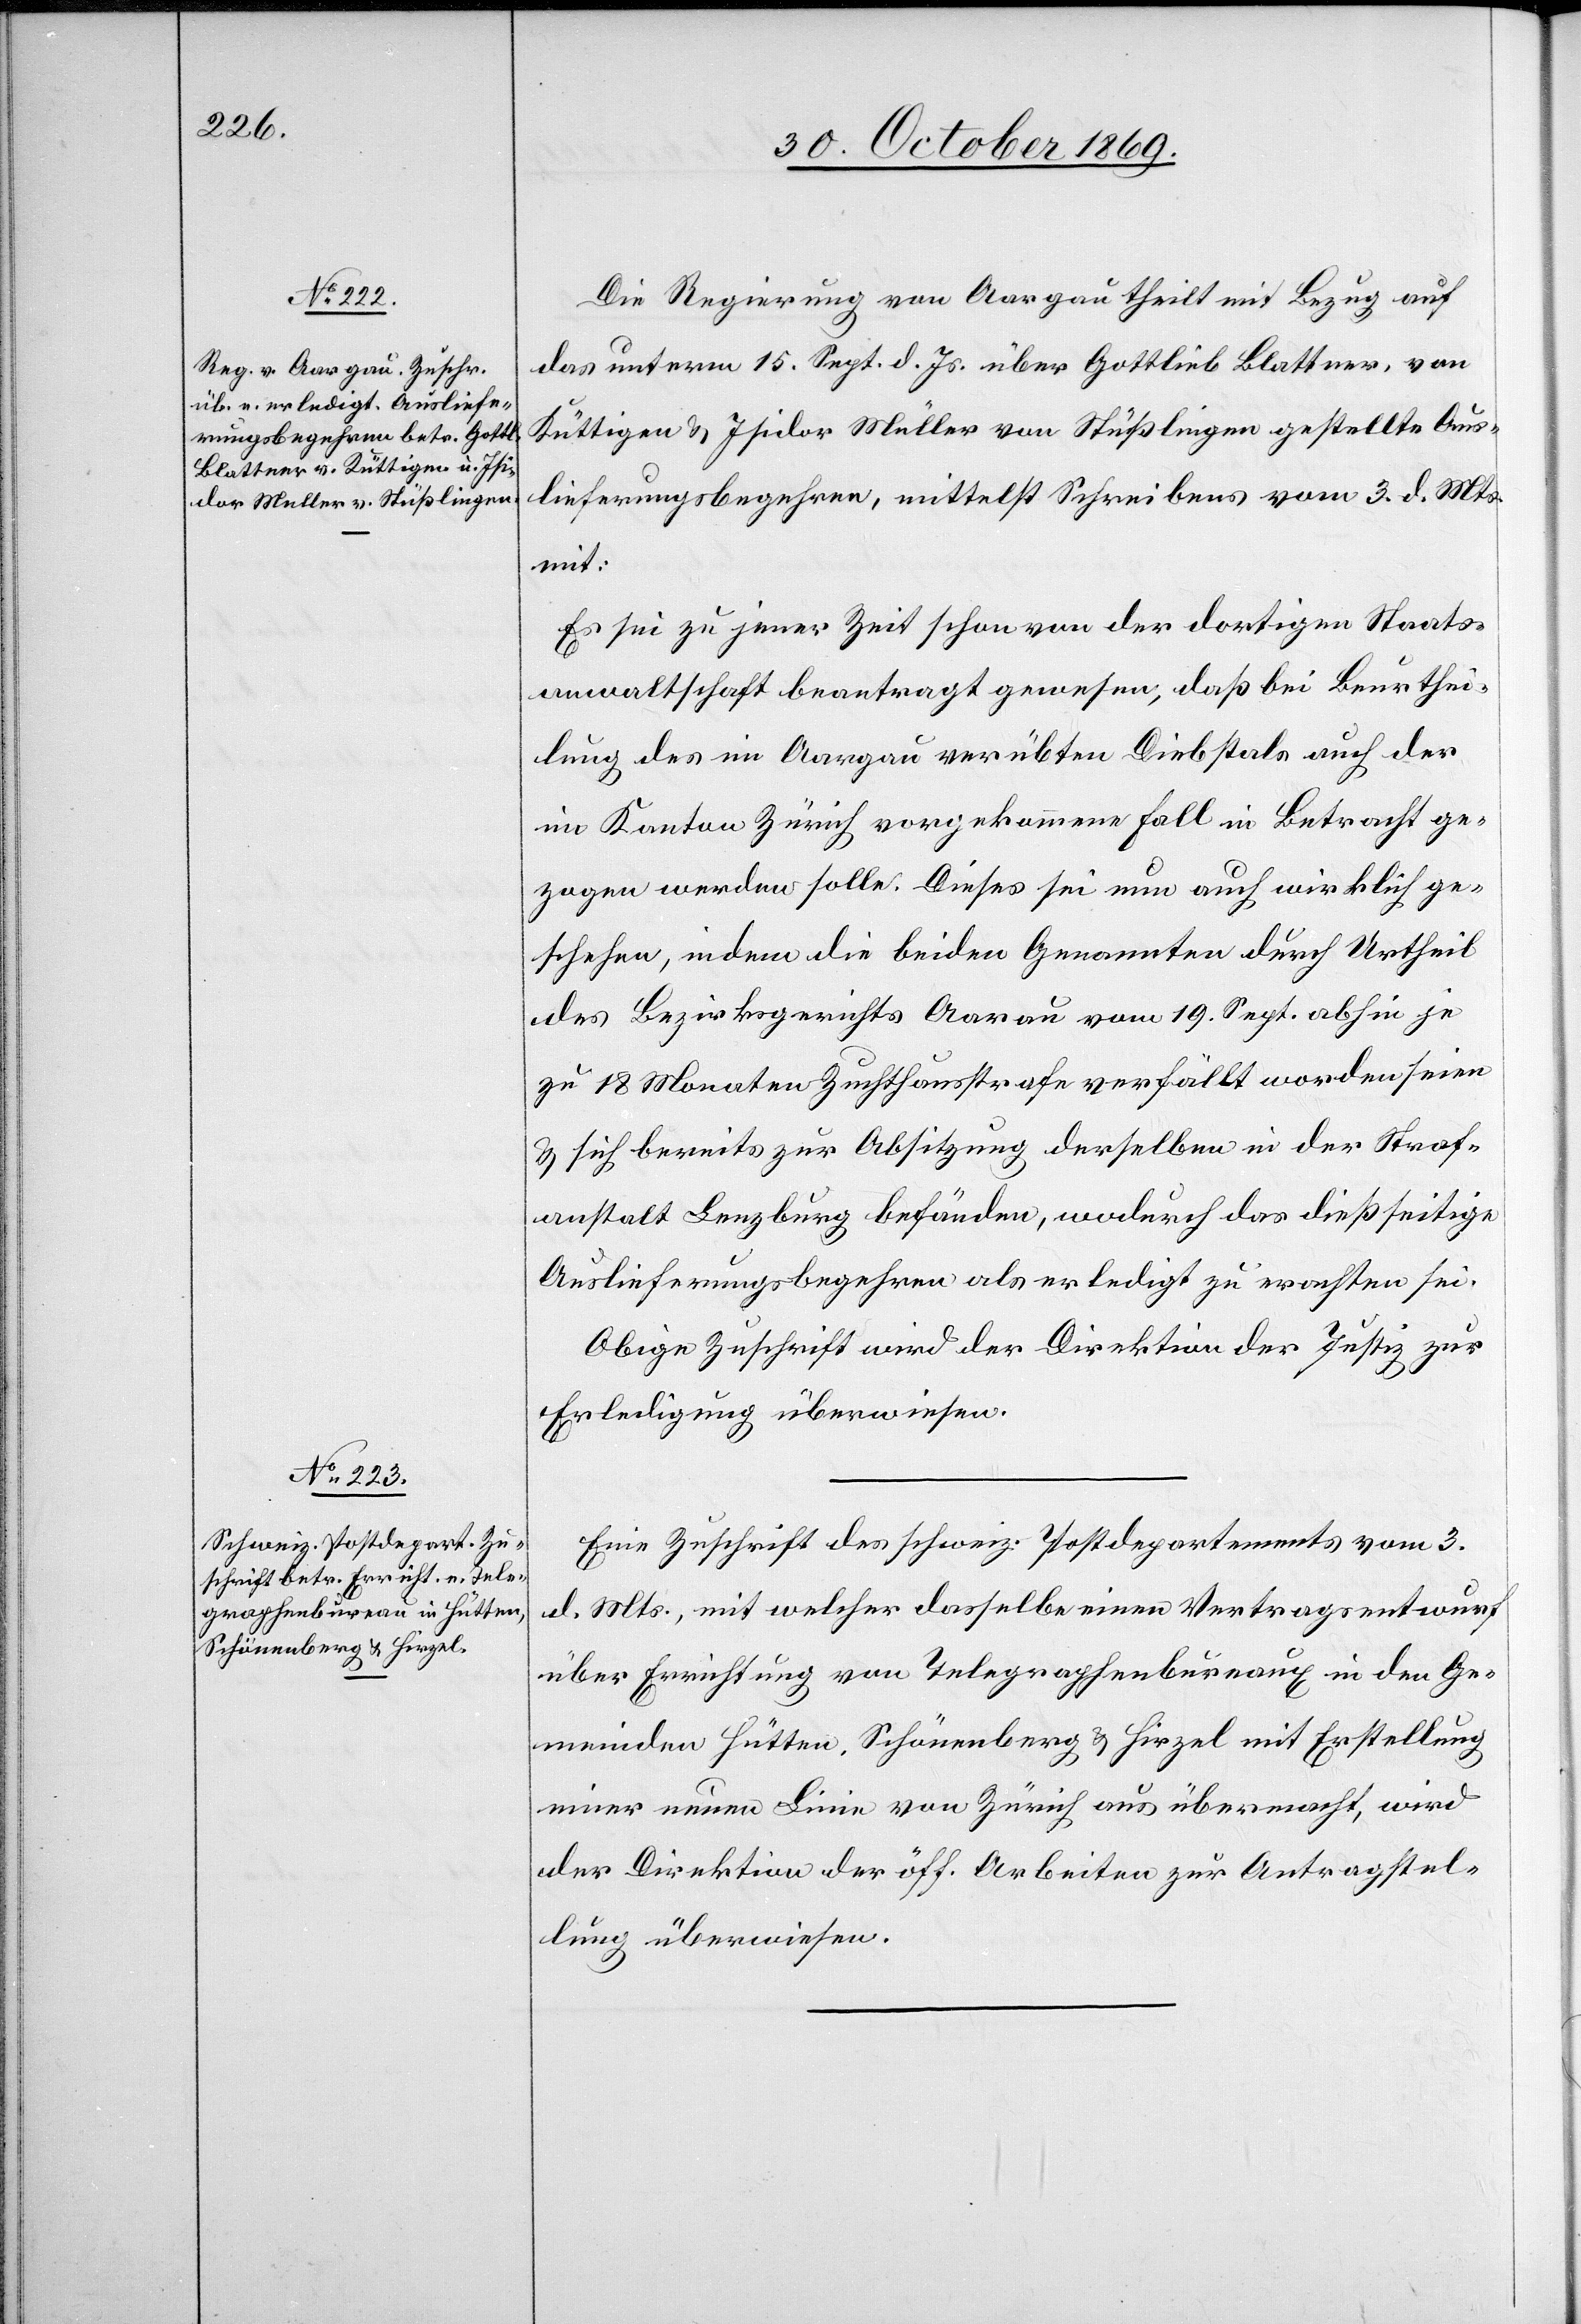
Die Regierung von Aargau theilt mit Bezug auf
das unterm 15. Sept. d. Js. über Gottlieb Blattner, von
Küttigen & Isidor Müller von Stüßlingen gestellte Aus¬
lieferungsbegehren, mittelst Schreibens vom 3. d. Mts.
mit:
Es sei zu jener Zeit schon von der dortigen Staats¬
anwaltschaft beantragt gewesen, daß bei Beurthei¬
lung des im Aargau verübten Diebstals auch der
im Kanton Zürich vorgekommene Fall in Betracht ge¬
zogen werden solle. Dieses sei nun auch wirklich ge¬
schehen, indem die beiden Genannten durch Urtheil
des Bezirksgerichts Aarau vom 19. Sept. abhin je
zu 18 Monaten Zuchthausstrafe verfällt worden seien
& sich bereits zur Absitzung derselben in der Straf¬
anstalt Lenzburg befänden, wodurch das dießseitige
Auslieferungsbegehren als erledigt zu erachten sei.
Obige Zuschrift wird der Direktion der Justiz zur
Erledigung überwiesen.
Eine Zuschrift des schweiz. Postdepartements vom 3.
d. Mts., mit welcher dasselbe einen Vertragsentwurf
über Errichtung von Telegraphenbureaux in den Ge¬
meinden Hütten, Schönenberg & Hirzel mit Erstellung
einer neuen Linie von Zürich aus übermacht, wird
der Direktion der öff. Arbeiten zur Antragstel¬
lung überwiesen.